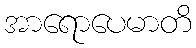
အာရောပေမာတိ